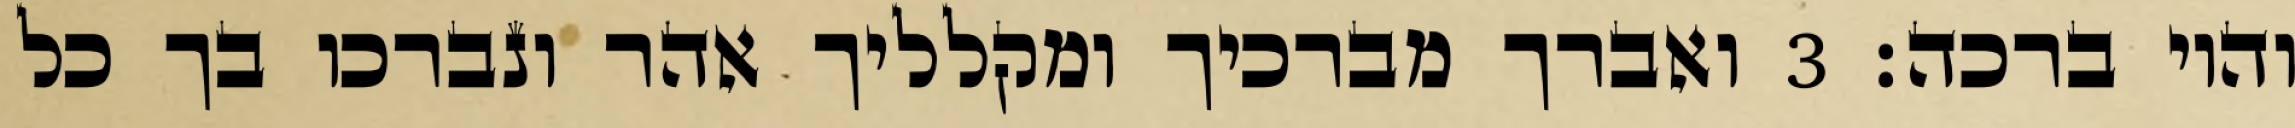
והוי ברכה׃ ‎3‏ ואברך מברכיך ומקלליך אהר ונברכו בך כל